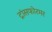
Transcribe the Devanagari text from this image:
ट्रांसफोरमर